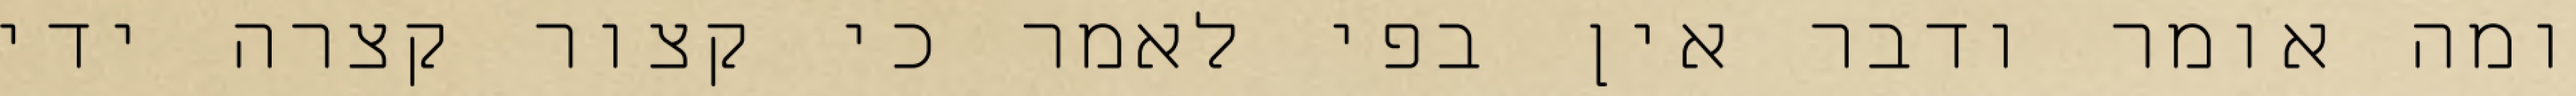
ומה אומר ודבר אין בפי לאמר כי קצור קצרה ידי